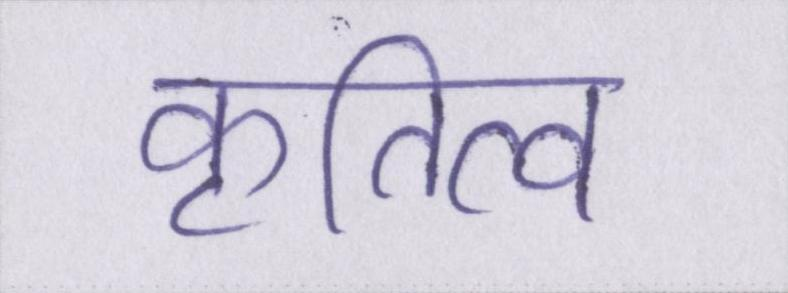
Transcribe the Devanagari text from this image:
कृतित्व